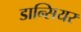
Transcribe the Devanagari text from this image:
डान्सियर